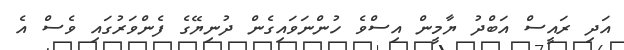
އަދި ރައީސް އަބްދު ޔާމީން އިސްވެ ހުންނަވައިގެން ދުނިޔޭގެ ފެންވަރުގައި ވެސް އެ